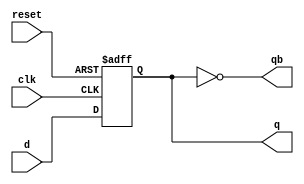
module dff1 (
  input  d    ,
  input  clk  ,
  input  reset,
  output q    ,
  output qb
);

  reg q;

  assign qb = ~q;

  always @(posedge clk or negedge reset)
    if (~reset)
      q <= 1'b0; // Active low-reset
    else
      q <= d;

endmodule